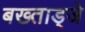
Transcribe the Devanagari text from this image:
बख्ताड्जे